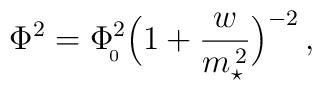
\Phi^2=  \Phi_{\!_0}^2\Big(1+{w\over m_\star^{\,2}}\Big)^{-2}\, ,